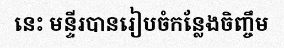
នេះ មន្ទីរបានរៀបចំកន្លែងចិញ្ចឹម